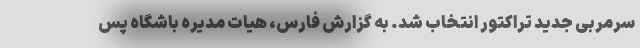
سرمربی جدید تراکتور انتخاب شد. به گزارش فارس، هیات مدیره باشگاه پس